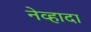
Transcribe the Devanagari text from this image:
नेव्हादा